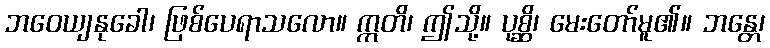
ဘဝေယျနုခေါ၊ ဖြစ်ပေရာသလော။ ဣတိ၊ ဤသို့။ ပုစ္ဆိ၊ မေးတော်မူ၏။ ဘန္တေ၊